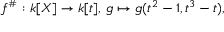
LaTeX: f ^ { \# } : k [ X ] \to k [ t ] , \, g \mapsto g ( t ^ { 2 } - 1 , t ^ { 3 } - t ) ,